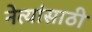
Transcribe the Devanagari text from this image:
नेत्यांसाठी